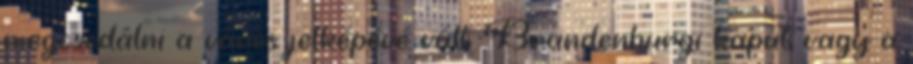
megcsodálni a város jelképévé vált Brandenburgi kaput vagy a